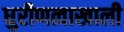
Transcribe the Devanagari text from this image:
धुरीणत्वाखाली